Annual report on the Civil Veterinary Department, Burma (including the Insein Veterinary School) - 1923-1931
Year: 1923
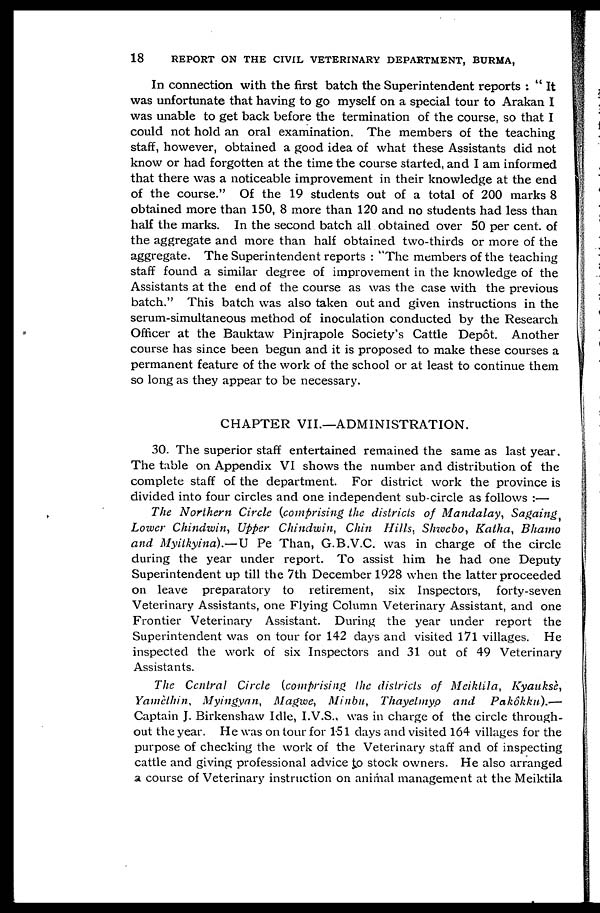
18
REPORT ON THE CIVIL VETERINARY DEPARTMENT, BURMA,
In connection with the first batch the Superintendent reports : "It
was unfortunate that having to go myself on a special tour to Arakan I
was unable to get back before the termination of the course, so that I
could not hold an oral examination. The members of the teaching
staff, however, obtained a good idea of what these Assistants did not
know or had forgotten at the time the course started, and I am informed
that there was a noticeable improvement in their knowledge at the end
of the course." Of the 19 students out of a total of 200 marks 8
obtained more than 150, 8 more than 120 and no students had less than
half the marks. In the second batch all obtained over 50 per cent. of
the aggregate and more than half obtained two-thirds or more of the
aggregate. The Superintendent reports : "The members of the teaching
staff found a similar degree of improvement in the knowledge of the
Assistants at the end of the course as was the case with the previous
batch." This batch was also taken out and given instructions in the
serum-simultaneous method of inoculation conducted by the Research
Officer at the Bauktaw Pinjrapole Society's Cattle Depôt. Another
course has since been begun and it is proposed to make these courses a
permanent feature of the work of the school or at least to continue them
so long as they appear to be necessary.
CHAPTER VII.—ADMINISTRATION.
30. The superior staff entertained remained the same as last year.
The table on Appendix VI shows the number and distribution of the
complete staff of the department. For district work the province is
divided into four circles and one independent sub-circle as follows :—
The Northern Circle (comprising the districts of Mandalay, Sagaing,
Lower Chindwin, Upper Chindwin, Chin Hills, Shwebo, Katha, Bhamo
and Myitkyina).—U Pe Than, G.B.V.C. was in charge of the circle
during the year under report. To assist him he had one Deputy
Superintendent up till the 7th December 1928 when the latter proceeded
on leave preparatory to retirement, six Inspectors, forty-seven
Veterinary Assistants, one Flying Column Veterinary Assistant, and one
Frontier Veterinary Assistant. During the year under report the
Superintendent was on tour for 142 days and visited 171 villages. He
inspected the work of six Inspectors and 31 out of 49 Veterinary
Assistants.
The Central Circle (comprising the districts of Meiktila, Kyauksè,
Yamèthin, Myingyan, Magwe, Minbu, Thayetmyo and
Pakôkku).—
Captain J. Birkenshaw Idle, I.V.S., was in charge of the circle through-
out the year. He was on tour for 151 days and visited 164 villages for the
purpose of checking the work of the Veterinary staff and of inspecting
cattle and giving professional advice to stock owners. He also arranged
a course of Veterinary instruction on animal management at the Meiktila